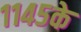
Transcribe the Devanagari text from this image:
११४५के